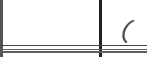
(